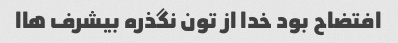
افتضاح بود خدا از تون نگذره بیشرف هاا